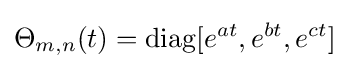
\Theta _{m,n}(t)=\mathrm {diag} [e^{at},e^{bt},e^{ct}]